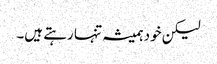
لیکن خود ہمیشہ تنہا رہتے ہیں۔